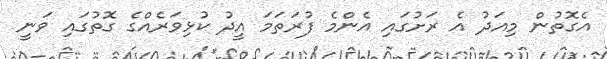
އެގޮތުން މިއަދު އެ ރަށުގައި އެންމެ ފުރަތަމަ އީދު ކުޅިވަރެއްގެ ގޮތުގައި ވަނީ